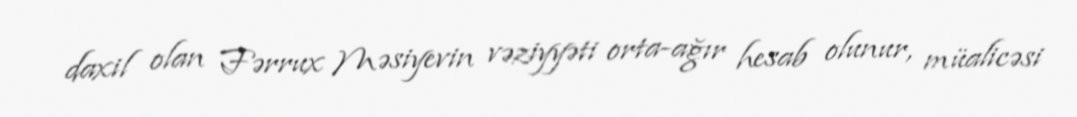
daxil olan Fərrux Məsiyevin vəziyyəti orta-ağır hesab olunur, müalicəsi